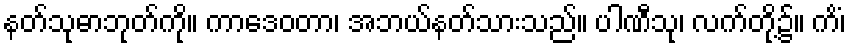
နတ်သုဓာဘုတ်ကို။ ကာဒေဝတာ၊ အဘယ်နတ်သားသည်။ ပါဏီသု၊ လက်တို့၌။ ကိံ၊